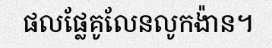
ផលផ្លែគូលែនលូកង៉ាន។